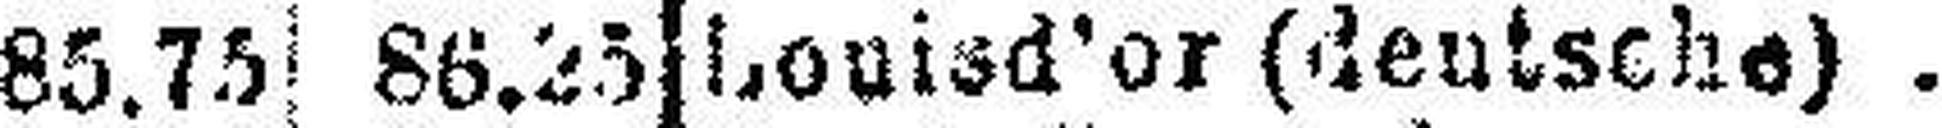
Louisd'or (deutsche)